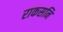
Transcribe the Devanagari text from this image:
राकसनि